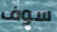
سوف